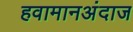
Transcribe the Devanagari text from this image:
हवामानअंदाज